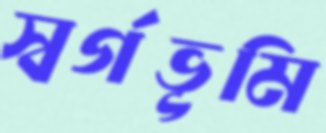
স্বর্গভূমি